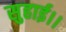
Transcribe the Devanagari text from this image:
सुहाई।।